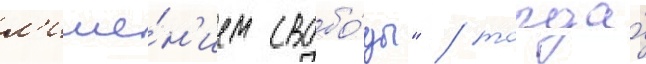
л'ише́н'ием свобо́ды" / тогда́